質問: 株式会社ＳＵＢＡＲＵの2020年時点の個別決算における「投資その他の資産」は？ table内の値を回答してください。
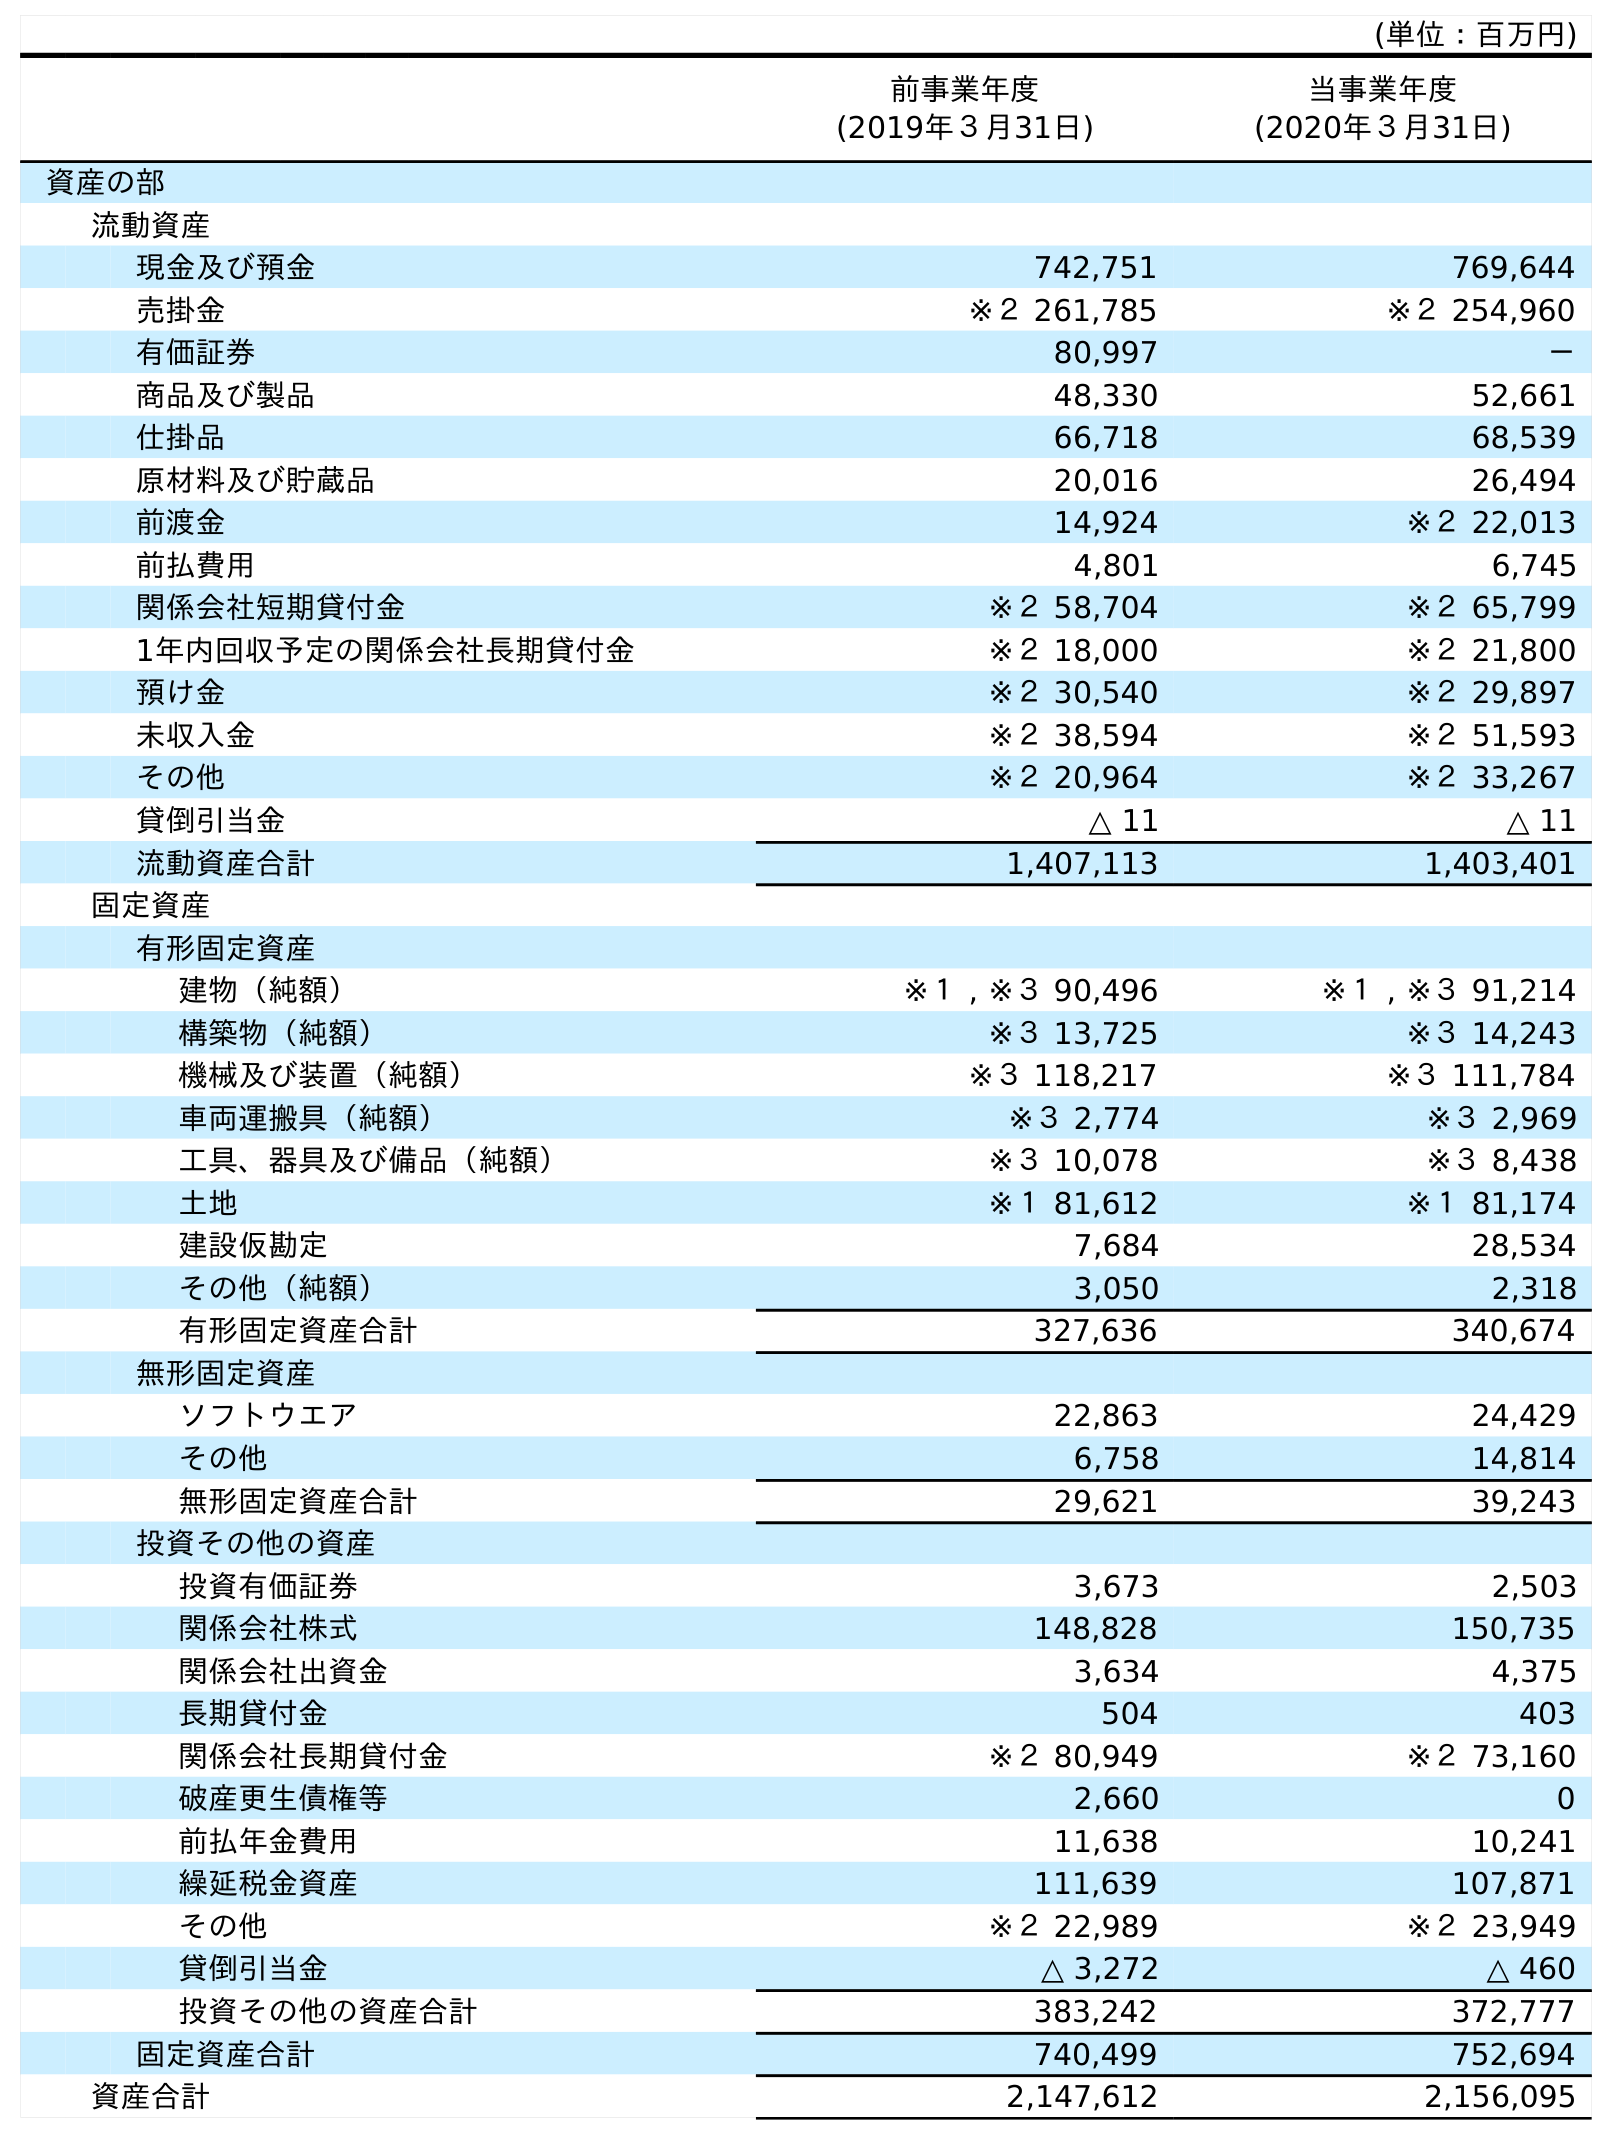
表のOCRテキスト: (単位：百万円) 前事業年度 (2019年３月31日) 当事業年度 (2020年３月31日) 資産の部 流動資産 現金及び預金 742,751 769,644 売掛金 ※２ 261,785 ※２ 254,960 有価証券 80,997 － 商品及び製品 48,330 52,661 仕掛品 66,718 68,539 原材料及び貯蔵品 20,016 26,494 前渡金 14,924 ※２ 22,013 前払費用 4,801 6,745 関係会社短期貸付金 ※２ 58,704 ※２ 65,799 1年内回収予定の関係会社長期貸付金 ※２ 18,000 ※２ 21,800 預け金 ※２ 30,540 ※２ 29,897 未収入金 ※２ 38,594 ※２ 51,593 その他 ※２ 20,964 ※２ 33,267 貸倒引当金 △ 11 △ 11 流動資産合計 1,407,113 1,403,401 固定資産 有形固定資産 建物（純額） ※１ , ※３ 90,496 ※１ , ※３ 91,214 構築物（純額） ※３ 13,725 ※３ 14,243 機械及び装置（純額） ※３ 118,217 ※３ 111,784 車両運搬具（純額） ※３ 2,774 ※３ 2,969 工具、器具及び備品（純額） ※３ 10,078 ※３ 8,438 土地 ※１ 81,612 ※１ 81,174 建設仮勘定 7,684 28,534 その他（純額） 3,050 2,318 有形固定資産合計 327,636 340,674 無形固定資産 ソフトウエア 22,863 24,429 その他 6,758 14,814 無形固定資産合計 29,621 39,243 投資その他の資産 投資有価証券 3,673 2,503 関係会社株式 148,828 150,735 関係会社出資金 3,634 4,375 長期貸付金 504 403 関係会社長期貸付金 ※２ 80,949 ※２ 73,160 破産更生債権等 2,660 0 前払年金費用 11,638 10,241 繰延税金資産 111,639 107,871 その他 ※２ 22,989 ※２ 23,949 貸倒引当金 △ 3,272 △ 460 投資その他の資産合計 383,242 372,777 固定資産合計 740,499 752,694 資産合計 2,147,612 2,156,095
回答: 372,777